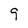
Character: 9